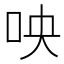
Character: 咉